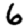
Digit: 6